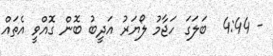
- 4:44  ބަލަގަ ހަޖާމު ލޯޔަރު އަދީބު ބޮން ގޮއްވީ އެތައް